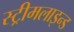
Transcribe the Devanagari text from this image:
स्ट्रीमलाइन्ड